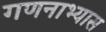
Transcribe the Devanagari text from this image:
गणनाभ्यास